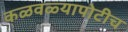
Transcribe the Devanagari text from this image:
कळवळ्यापोटीच